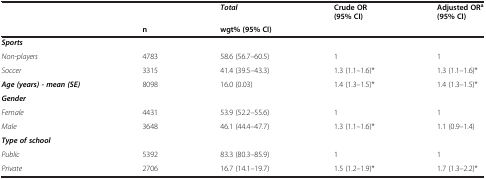
|  |  | Total | Crude OR(95% CI) | Adjusted ORa(95% CI) |
 |  | n | wgt% (95% CI) |  |  |
 | --- | --- | --- | --- | --- |
 | Sports |  |  |  |  |
 | Non-players | 4783 | 58.6 (56.7–60.5) | 1 | 1 |
 | Soccer | 3315 | 41.4 (39.5–43.3) | 1.3 (1.1–1.6)* | 1.3 (1.1–1.6)* |
 | Age (years) - mean (SE) | 8098 | 16.0 (0.03) | 1.4 (1.3–1.5)* | 1.4 (1.3–1.5)* |
 | Gender |  |  |  |  |
 | Female | 4431 | 53.9 (52.2–55.6) | 1 | 1 |
 | Male | 3648 | 46.1 (44.4–47.7) | 1.3 (1.1–1.6)* | 1.1 (0.9–1.4) |
 | Type of school |  |  |  |  |
 | Public | 5392 | 83.3 (80.3–85.9) | 1 | 1 |
 | Private | 2706 | 16.7 (14.1–19.7) | 1.5 (1.2–1.9)* | 1.7 (1.3–2.2)* |